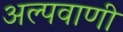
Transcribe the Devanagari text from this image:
अल्पवाणी